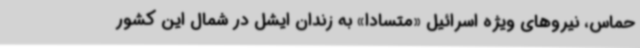
حماس، نیروهای ویژه اسرائیل «متسادا» به زندان ایشل در شمال این کشور